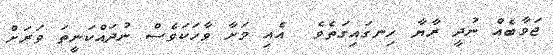
ޖަވާބެއް ނުދީ ރާޔާ ހިނގައިގަތެވެ  އެއި މަށާ ވާހަކަވެސް ނުދައްކަނީތަ ވަރަށް